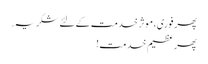
پھر فوری، موثر خدمت کے لئے شکریہ.
پھر عظیم خدمت!